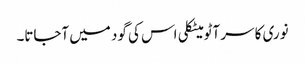
نوری کا سر آٹو میٹکلی اس کی گود میں آجاتا۔